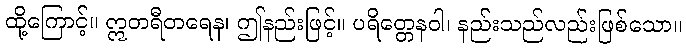
ထို့ကြောင့်။ ဣတရီတရေန၊ ဤနည်းဖြင့်။ ပရိတ္တေနဝါ၊ နည်းသည်လည်းဖြစ်သော။